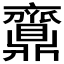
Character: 𪔉